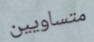
متساويين